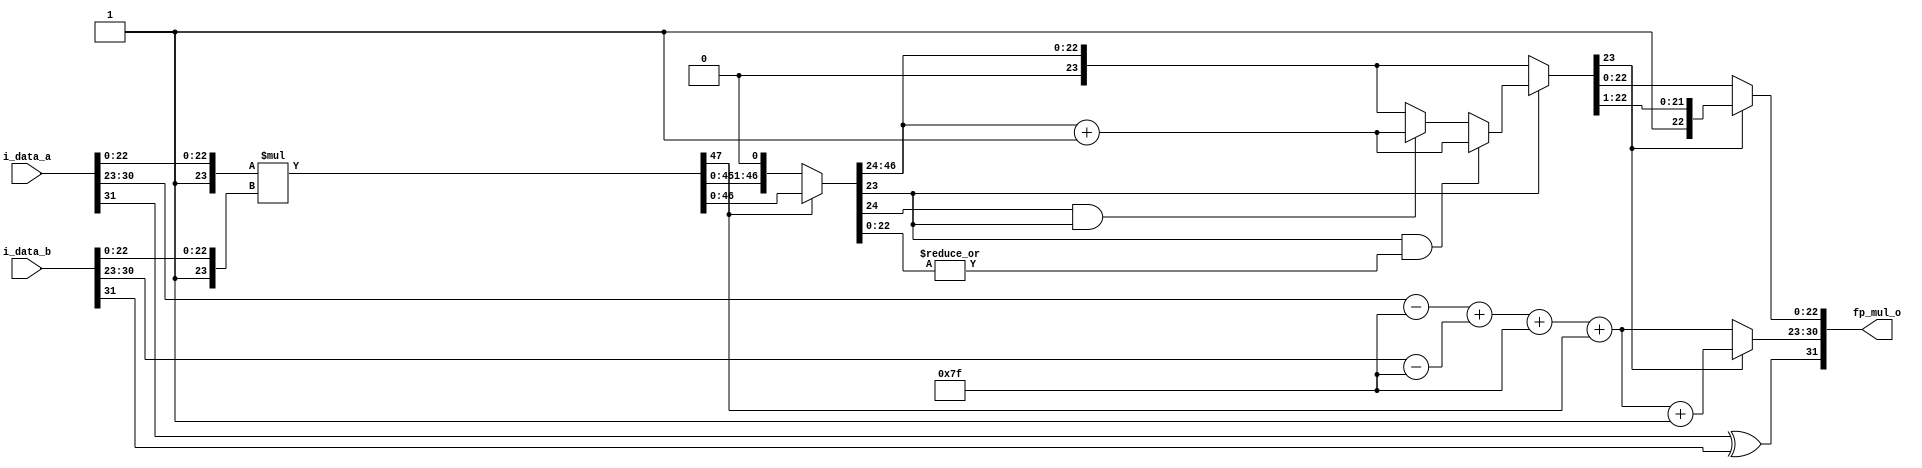
module fp_mul #(
    parameter INT_W  = 9,
    parameter FRAC_W = 23,
    parameter DATA_W = INT_W + FRAC_W
)(
    input  [DATA_W-1:0] i_data_a,
    input  [DATA_W-1:0] i_data_b,
    output [DATA_W-1:0] fp_mul_o
);

wire                a_signed_w;
wire                b_signed_w;
wire [   INT_W-2:0] a_exp_w;
wire [   INT_W-2:0] b_exp_w;
wire [  FRAC_W-1:0] a_frac_w;
wire [  FRAC_W-1:0] b_frac_w;
wire                fp_mul_o_signed_w;
wire [   INT_W-2:0] exp_temp_w;
wire [    FRAC_W:0] a_add_integer_w;
wire [    FRAC_W:0] b_add_integer_w;

wire [2*FRAC_W+1:0] frac_mul_w;

reg  [  2*FRAC_W:0] frac_mul_shift_w;
wire [   INT_W-2:0] exp_temp_shift_w;

reg  [    FRAC_W:0] frac_mul_nearest_w;
wire                frac_mul_sticky_w;

reg  [  FRAC_W-1:0] frac_mul_out_w;
reg  [   INT_W-2:0] exp_out_w;

///////////////////////////////////////////////////////////////////////////////////////////////////////////////////
//                                            main circuit                                                       //
///////////////////////////////////////////////////////////////////////////////////////////////////////////////////
assign a_signed_w      = i_data_a[DATA_W-1];
assign b_signed_w      = i_data_b[DATA_W-1];
assign a_exp_w         = i_data_a[DATA_W-2:FRAC_W];
assign b_exp_w         = i_data_b[DATA_W-2:FRAC_W];
assign a_frac_w        = i_data_a[FRAC_W-1:0];
assign b_frac_w        = i_data_b[FRAC_W-1:0];

assign fp_mul_o_signed_w = a_signed_w ^ b_signed_w;
assign exp_temp_w        = (a_exp_w-127) + (b_exp_w-127) + 127;

assign a_add_integer_w = {1'b1 ,a_frac_w};
assign b_add_integer_w = {1'b1 ,b_frac_w};

assign frac_mul_w = a_add_integer_w * b_add_integer_w;

always @(*) begin
    if(frac_mul_w[2*FRAC_W+1]) begin //MSB is 1
        frac_mul_shift_w = frac_mul_w[2*FRAC_W:0];
    end
    else begin //LSB is 0
        frac_mul_shift_w = {frac_mul_w[2*FRAC_W-1:0] ,1'b0};
    end
end

assign exp_temp_shift_w = exp_temp_w + frac_mul_w[2*FRAC_W+1];

assign frac_mul_sticky_w = |frac_mul_shift_w[FRAC_W-1:0];

always @(*) begin
    //R is 0
    if(!frac_mul_shift_w[FRAC_W]) begin
        frac_mul_nearest_w = {1'b0 ,frac_mul_shift_w[2*FRAC_W:FRAC_W+1]};
    end
    //Both of R and S is 1
    else if(frac_mul_shift_w[FRAC_W] && frac_mul_sticky_w) begin
        frac_mul_nearest_w = frac_mul_shift_w[2*FRAC_W:FRAC_W+1] + 1'b1;
    end
    //Both of G and R is 1
    else if(frac_mul_shift_w[FRAC_W+1] && frac_mul_shift_w[FRAC_W]) begin
        frac_mul_nearest_w = frac_mul_shift_w[2*FRAC_W:FRAC_W+1] + 1'b1;
    end
    //GRS is 2'b010
    else begin
        frac_mul_nearest_w = {1'b0 ,frac_mul_shift_w[2*FRAC_W:FRAC_W+1]};
    end
end

always @(*) begin
    if(frac_mul_nearest_w[FRAC_W]) begin
        frac_mul_out_w = frac_mul_nearest_w[FRAC_W:1];
        exp_out_w      = exp_temp_shift_w + 1;
    end
    else begin
        frac_mul_out_w = frac_mul_nearest_w[FRAC_W-1:0];
        exp_out_w      = exp_temp_shift_w;
    end
end

assign fp_mul_o = {fp_mul_o_signed_w ,exp_out_w ,frac_mul_out_w};

endmodule